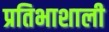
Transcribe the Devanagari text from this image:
प्रतिभाशाली